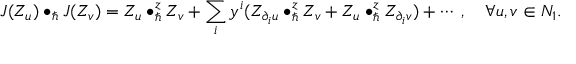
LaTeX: J ( Z _ { u } ) \bullet _ { \hbar } J ( Z _ { v } ) = Z _ { u } \bullet _ { \hbar } ^ { z } Z _ { v } + \sum _ { i } y ^ { i } ( Z _ { \partial _ { i } u } \bullet _ { \hbar } ^ { z } Z _ { v } + Z _ { u } \bullet _ { \hbar } ^ { z } Z _ { \partial _ { i } v } ) + \cdots \; , \quad \forall u , v \in N _ { 1 } .